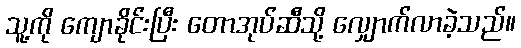
သူ့ကို ကျောခိုင်းပြီး တောအုပ်ဆီသို့ လျှောက်လာခဲ့သည်။